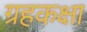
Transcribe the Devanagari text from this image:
ग्रहकक्षा